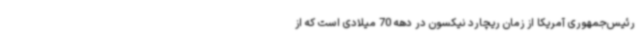
رئیس‌جمهوری آمریکا از زمان ریچارد نیکسون در دهه 70 میلادی است که از